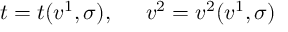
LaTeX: t = t ( v ^ { 1 } , \sigma ) , \ \; \; \; \; v ^ { 2 } = v ^ { 2 } ( v ^ { 1 } , \sigma )